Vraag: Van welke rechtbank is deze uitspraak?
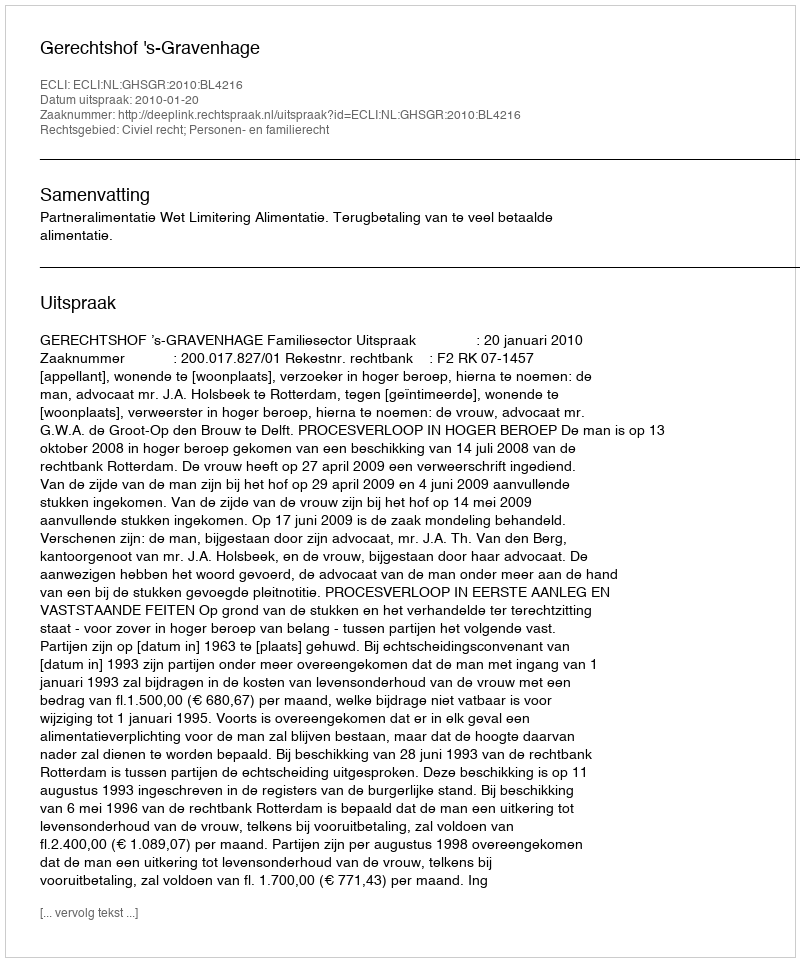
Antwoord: Gerechtshof 's-Gravenhage